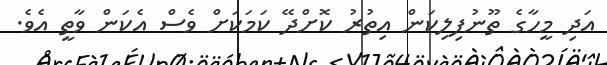
އަދި މީހާގެ ތޫނުފިލިކަން އިތުރު ކޮށްދޭ ކަމަކަށް ވެސް އެކަން ވާތީ އެވެ.